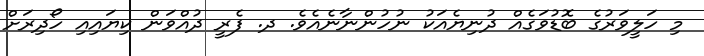
މި ހަލީވަރުގެ ބޮޑުވަގެއް ދުނިޔެއަކު ނުހުންނާނެއެވެ. ދ. ފެރީ ދުއްވަން ކިޔައިއި ހޯދިރަށް